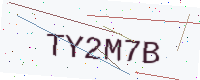
Text: TY2M7B